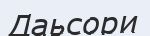
Даьсори